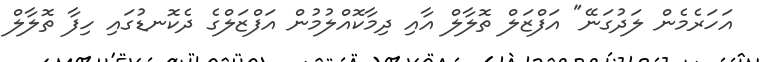
އަހަރެމެން ލަދުގަނޭ" އަފްޒަލް ތޮލާލް އާއި ދިމާކޮއްލުމުން އަފްޒަލްގެ ދެކޮނޑުގައި ހިފާ ތޮލާލް